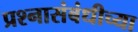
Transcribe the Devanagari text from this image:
प्रश्नासंबंधीच्या